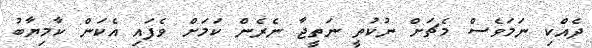
ދެއްކި ނަމަވެސް މެޗަށް ނުކުތީ ނަތީޖާ ނެރެން ކަމަށް ވެފައި އެކަން ކާމިޔާބު